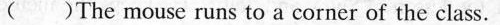
( )The mouse runs to a corner of the class.